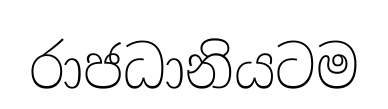
රාජධානියටම